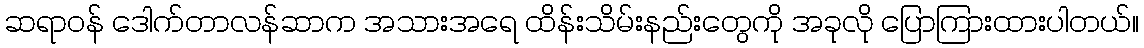
ဆရာဝန် ဒေါက်တာလန်ဆာက အသားအရေ ထိန်းသိမ်းနည်းတွေကို အခုလို ပြောကြားထားပါတယ်။